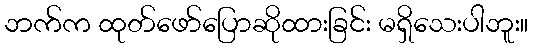
ဘက်က ထုတ်ဖော်ပြောဆိုထားခြင်း မရှိသေးပါဘူး။